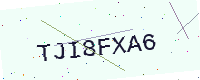
Text: TJI8FXA6